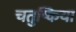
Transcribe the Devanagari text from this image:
चतुष्किया